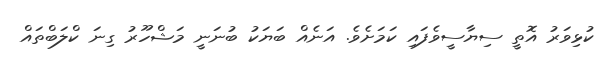
ކުޅިވަރު އޮތީ ސިޔާސީވެފައި ކަމަށެވެ. އަނެއް ބަޔަކު ބުނަނީ މަޝްހޫރު ގިނަ ކްލަބްތައް